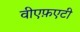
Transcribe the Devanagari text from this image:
वीएफ़एटी